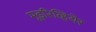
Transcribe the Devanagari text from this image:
मूइरिव्हियेर